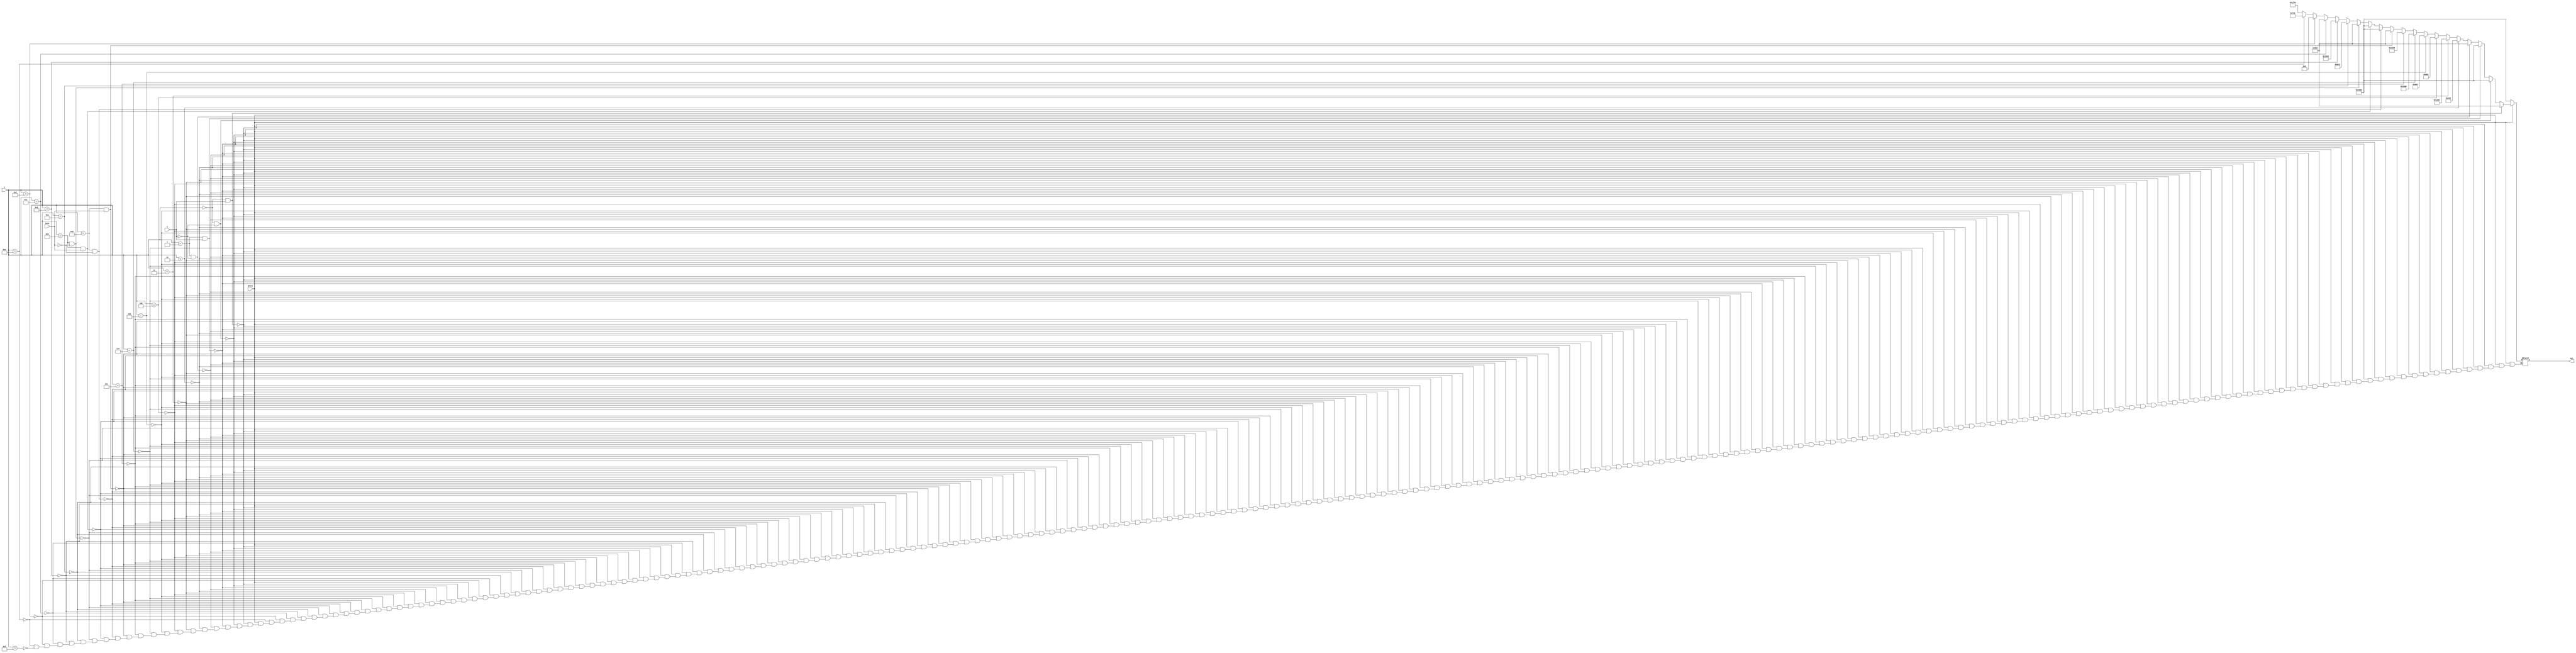
module decoder(input phase,C,Zeta, input [3:0]i, output [12:0]out); //instanciar modulo

  wire phase,C,Zeta;        //instanciar variables a utilizar y asignar valores de salida
  wire [3:0]i;
  reg [12:0]carry=0;
  assign out = carry;     

  always @ (phase or C or Zeta or i)  //inician las instrucciones
  begin    
    if (phase==0) 
      begin                               //ANY
        carry  = 13'b1000000001000;          
      end
    else 
      begin
        if (i==4'b0000 && C==1) 
          begin
            carry  <= 13'b0100000001000;    //JC CARRY 1
          end
        else if (i==4'b0000 && C==0) 
          begin
            carry  = 13'b1000000001000;     //JC CARRY 0
          end
        else if (i==4'b0001 && C==1) 
          begin
            carry  = 13'b1000000001000;     //JNC  CARRY 1
          end
        else if (i==4'b0001 && C==0) 
          begin
            carry  = 13'b0100000001000;     //JNC  CARRY 0
          end
        else if (i==4'b0010) 
          begin
            carry  = 13'b0001001000010;     // CMPI
          end
        else if (i==4'b0011) 
          begin
            carry  = 13'b1001001100000;   // CMPM
          end
        else if (i==4'b0100) 
          begin
            carry  = 13'b0011010000010;   // LIT
          end
        else if (i==4'b0101) 
          begin
            carry  = 13'b0011010000100;   // IN
          end
        else if (i==4'b0110) 
          begin
            carry  = 13'b1011010100000;   // LD
          end
        else if (i==4'b0111) 
          begin
            carry  = 13'b1000000111000;   //ST
          end
        else if (i==4'b1000 && Zeta==1) 
          begin
            carry  = 13'b0100000001000;   //JZ Z=1
          end
        else if (i==4'b1000 && Zeta==0) 
          begin
            carry  = 13'b1000000001000;   //JZ Z=0
          end
        else if (i==4'b1001 && Zeta==1) 
          begin
            carry  = 13'b1000000001000;   // JNZ Z=1
          end
        else if (i==4'b1001 && Zeta==0) 
          begin
            carry  = 13'b0100000001000;   // JNZ Z=0
          end
        else if (i==4'b1010) 
          begin
            carry  = 13'b0011011000010;   // ADDI
          end
        else if (i==4'b1011) 
          begin
            carry  = 13'b1011011100000;   // ADDM
          end
        else if (i==4'b1100) 
          begin
            carry  = 13'b0100000001000;   // JMP
          end
        else if (i==4'b1101) 
          begin
            carry  = 13'b0000000001001;   //OUT
          end
        else if (i==4'b1110) 
          begin
            carry  = 13'b0011100000010;   //NANDI
          end
        else if (i==4'b1111) 
          begin
            carry  = 13'b1011100100000;   //NANDM
          end
      end
  end

endmodule